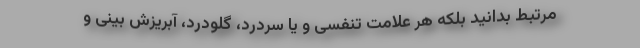
مرتبط بدانید بلکه هر علامت تنفسی و یا سردرد، گلودرد، آبریزش بینی و